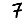
Digit: 7